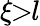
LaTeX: \xi\! \! >\! \! l